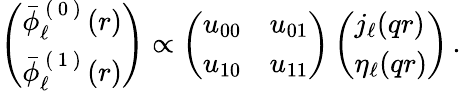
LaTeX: \left(\begin{array}{l}{\bar{\phi}_{\ell}^{\mathrm{~(~0~)~}}(r)}\\ {\bar{\phi}_{\ell}^{\mathrm{~(~1~)~}}(r)}\end{array}\right)\propto\left(\begin{array}{ll}{u_{00}}&{u_{01}}\\ {u_{10}}&{u_{11}}\end{array}\right)\left(\begin{array}{l}{j_{\ell}(qr)}\\ {\eta_{\ell}(qr)}\end{array}\right)\, .